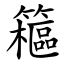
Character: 䉩